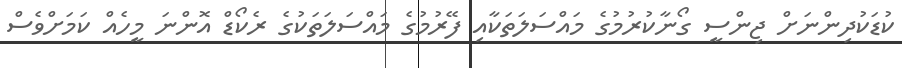
ކުޑަކުދިންނަށް ޖިންސީ ގޯނާކުރުމުގެ މައްސަލަތަކާއި ފޭރުމުގެ މައްސަލަތަކުގެ ރެކޯޑް އޮންނަ މީހެއް ކަމަށްވެސް